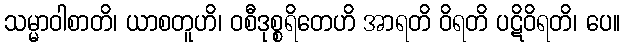
သမ္မာဝါစာတိ၊ ယာစတူဟိ၊ ဝစီဒုစ္စရိတေဟိ အာရတိ ဝိရတိ ပဋိဝိရတိ၊ ပေ။